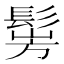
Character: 𩭎